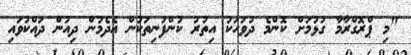
"މި ޕްރޮގްރާމާ ގުޅުމަށް ކޮންމެ ދުވަހަކު އިތުރު ކުންފުނިތަކުން އެދެމުން ދިއުން ދައްކުވައި